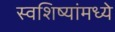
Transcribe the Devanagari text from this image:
स्वशिष्यांमध्ये